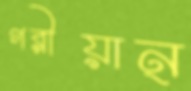
গরীয়ান্‌